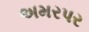
અમરપર